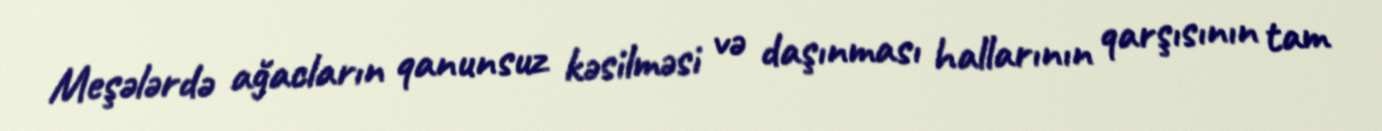
Meşələrdə ağacların qanunsuz kəsilməsi və daşınması hallarının qarşısının tam